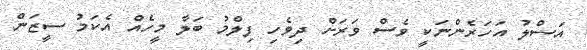
އަސްލު އަހަރެންނަކީ ވެސް ވަރަށް ދިވެހި ފިލްމު ބަލާ މީހެއް އެކަމު ސީޒަން